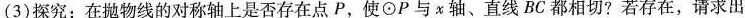
(3)探究:在抛物线的对称轴上是否存在点P,使\odot P与x轴、直线BC 都相切?若存在，请求出